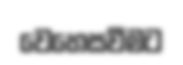
වෙහෙසවීමට